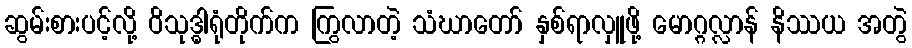
ဆွမ်းစားပင့်လို့ ဝိသုဒ္ဓါရုံတိုက်က ကြွလာတဲ့ သံဃာတော် နှစ်ရာလှူဖို့ မောဂ္ဂလ္လာန် နိဿယ အတွဲ